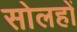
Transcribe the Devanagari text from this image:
सोलहों